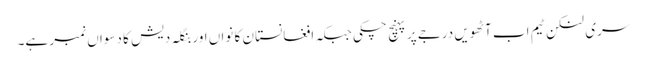
سری لنکن ٹیم اب آٹھویں درجے پر پہنچ چکی جبکہ افغانستان کا نواں اور بنگلہ دیش کا دسواں نمبر ہے۔